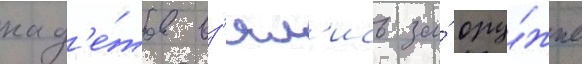
кад'е́тов вз'ял'ись за́ ору́жие